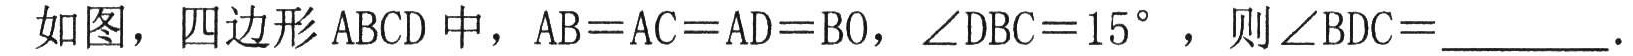
如图，四边形ABCD中，AB=AC=AD=BO，\(\angle DBC = 15^{\circ}\) ，则\(\angle BDC = \_\_\_\_\_\)。